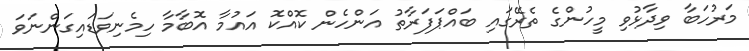
މަރުހަބާ ވިދާޅުވި މީހުންގެ ތެރޭގައި ބައްޕަފަރާތު އަންހެން ކޮއްކޮ އައުމާ އޮބާމާ ހިމެނިވަޑައިގަންނަވަ